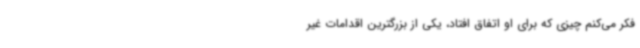
فکر می‌کنم چیزی که برای او اتفاق افتاد، یکی از بزرگترین اقدامات غیر